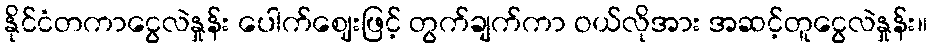
နိုင်ငံတကာငွေလဲနှုန်း ပေါက်ဈေးဖြင့် တွက်ချက်ကာ ဝယ်လိုအား အဆင့်တူငွေလဲနှုန်း။